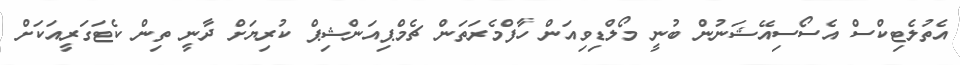
އެތުލެޓިކްސް އެސޯސިއޭޝަނުން ބުނީ މޯލްޑިވިއަން ހާފްމެރަތަން ޗެމްޕިއަންޝިޕް ކުރިޔަށް ދާނީ ތިން ކެޓަގަރީއަކަށް